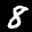
Label: 8